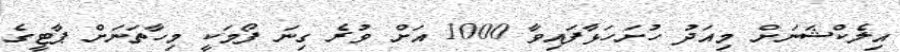
އިލެކްޝަނަށް މިއަދު ހުށަހަޅާފައިވާ 1000 އަށް ވުރެ ގިނަ ފޯމަކީ މިހާތަނަށް ޕާޓީގެ